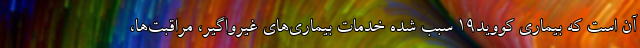
آن است که بیماری کووید۱۹ سبب شده خدمات بیماری‌های غیرواگیر، مراقبت‌ها،